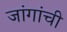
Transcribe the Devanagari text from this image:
जांगांची